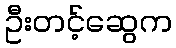
ဦးတင့်ဆွေက